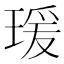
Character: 瑗